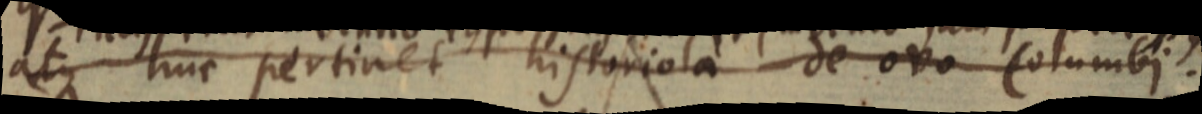
atque huc pertinet historiola de ovo Columbi.